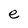
Character: e